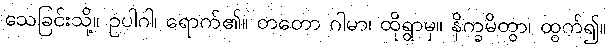
သေခြင်းသို့။ ဥပါဂါ၊ ရောက်၏။ တတော ဂါမာ၊ ထိုရွာမှ။ နိက္ခမိတွာ၊ ထွက်၍။